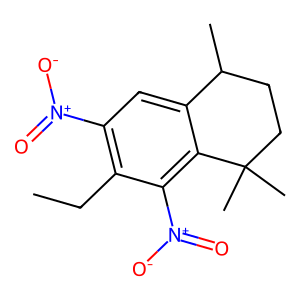
SMILES: CCc1c([N+](=O)[O-])cc2c(c1[N+](=O)[O-])C(C)(C)CCC2C
Inhibits HIV replication: No